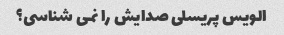
الویس پریسلی صدایش را نمی شناسی؟